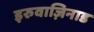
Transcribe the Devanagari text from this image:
इरुवाज़िनाड